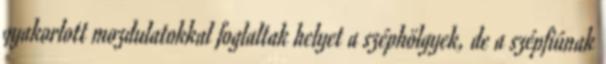
gyakorlott mozdulatokkal foglaltak helyet a széphölgyek, de a szépfiúnak